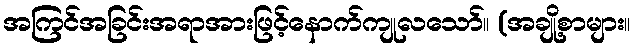
အကြင်အခြင်းအရာအားဖြင့်နောက်ကျုလသော်။ (အချို့စာများ။